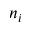
n _ { i }